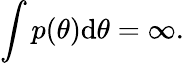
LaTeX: \int{p(\theta)\mathrm{d}\theta}=\infty.